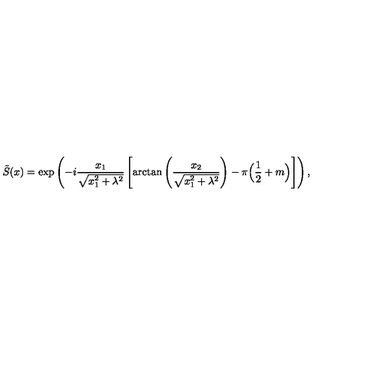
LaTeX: \tilde { S } ( x ) = \exp \left( - i \frac { x _ { 1 } } { \sqrt { x _ { 1 } ^ { 2 } + \lambda ^ { 2 } } } \left[ \mathrm { a r c t a n } \left( \frac { x _ { 2 } } { \sqrt { x _ { 1 } ^ { 2 } + \lambda ^ { 2 } } } \right) - \pi \Big ( \frac { 1 } { 2 } + m \Big ) \right] \right) ,